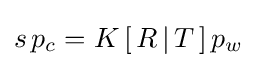
s\,p_{c}=K\,[\,R\,|\,T\,]\,p_{w}